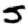
Digit: 5